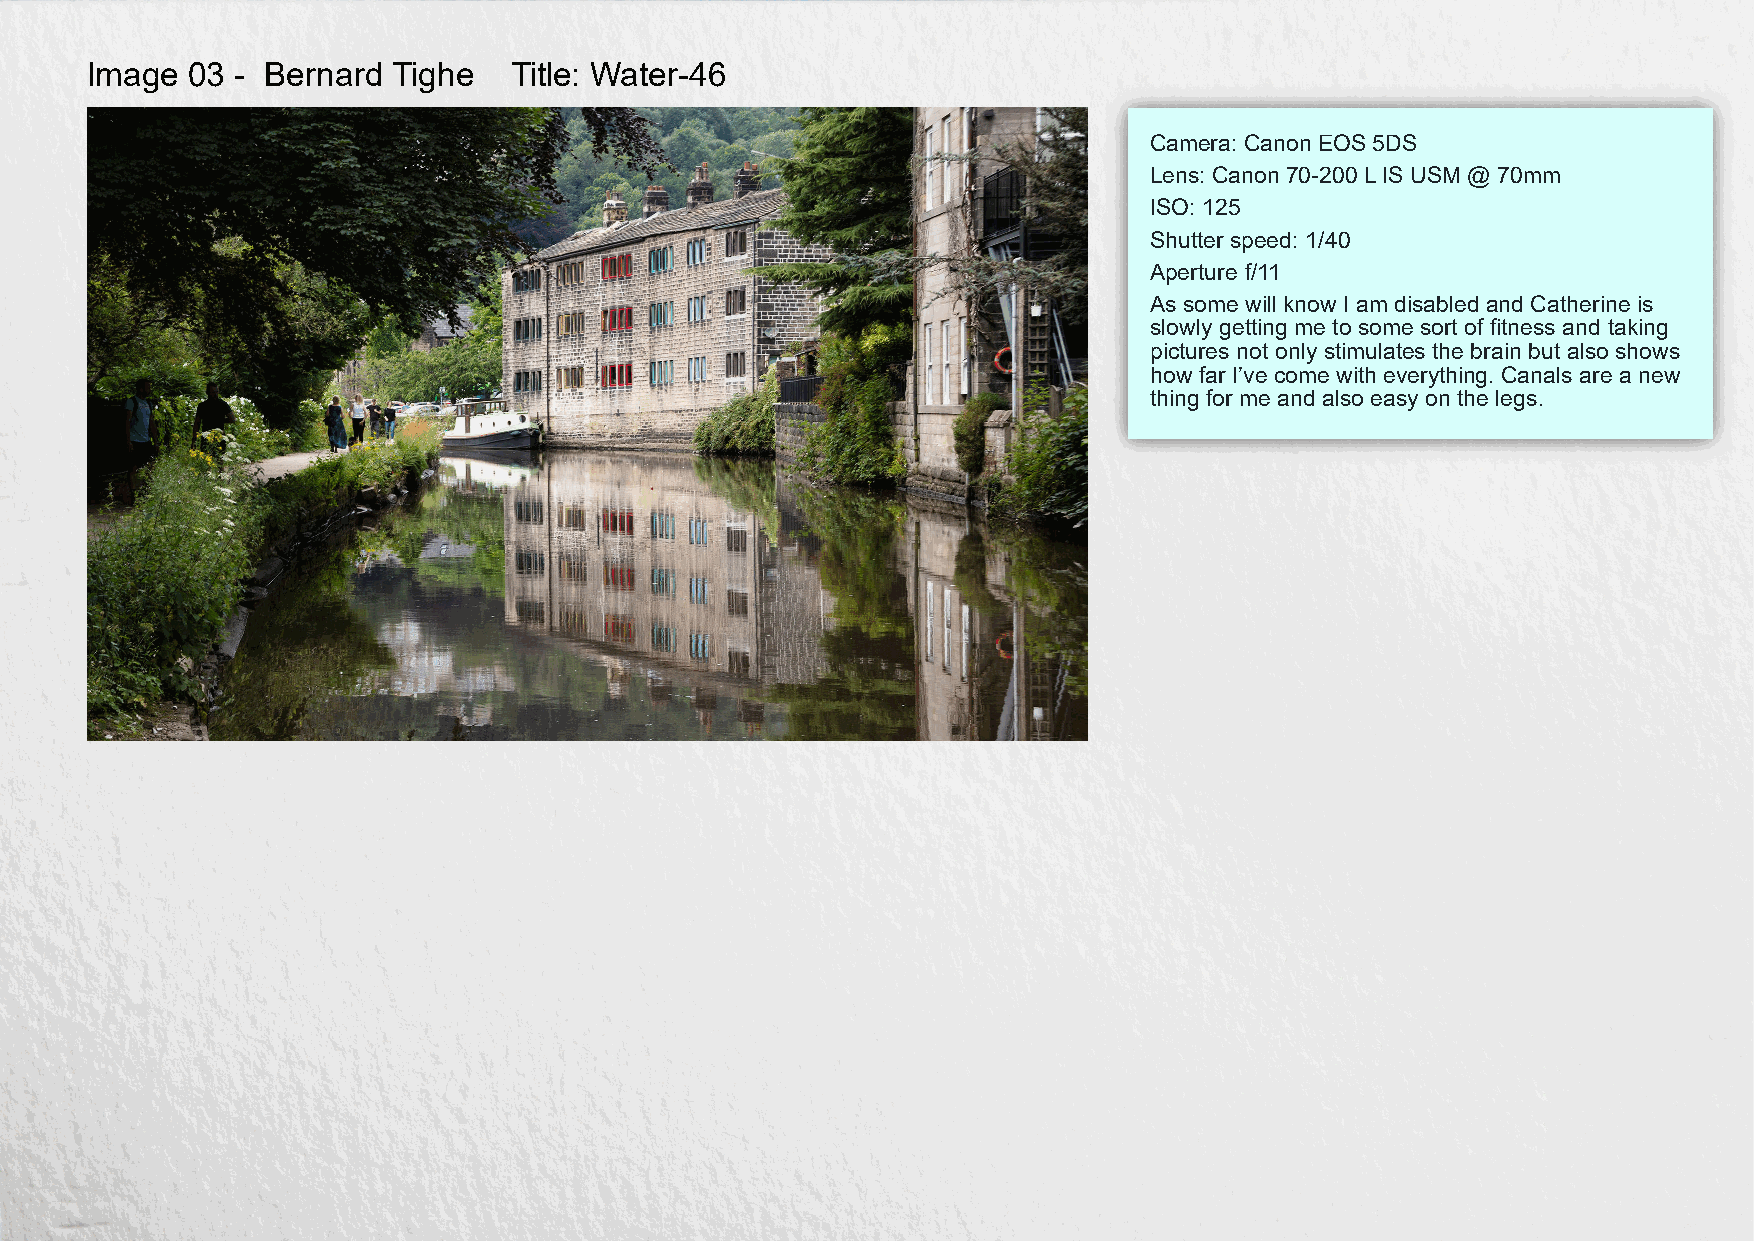
Image  03 - Bernard Tighe   Title: Water-46
 Camera: Canon EOS 5DS
 Lens: Canon 70-200 LIS USM @ 70mm
 ISO: 125
 Shutter speed: 1/40
 Aperture f/11
 As some will know I am disabled and Catherine is
 slowly getting me to some sort of fitness and taking
 pictures not only stimulates the brain but also shows
 how far I’ve come with everything. Canals are a new
 thing for me and also easy on the legs.